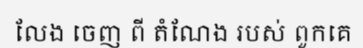
លែង ចេញ ពី តំណែង របស់ ពួកគេ